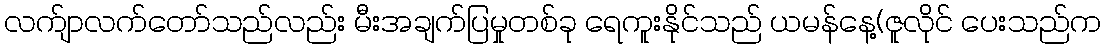
လက်ျာလက်တော်သည်လည်း မီးအချက်ပြမှုတစ်ခု ရေကူးနိုင်သည် ယမန်နေ့(ဇူလိုင် ပေးသည်က